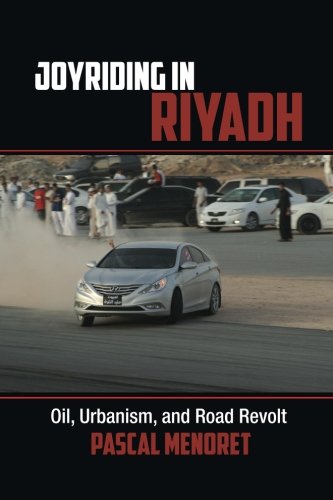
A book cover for Joyriding in Riyadh: Oil, Urbanism, and Road Revolt (Cambridge Middle East Studies); Pascal Menoret; History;